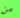
من